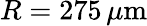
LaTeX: R=275\, \mu\mathrm{m}